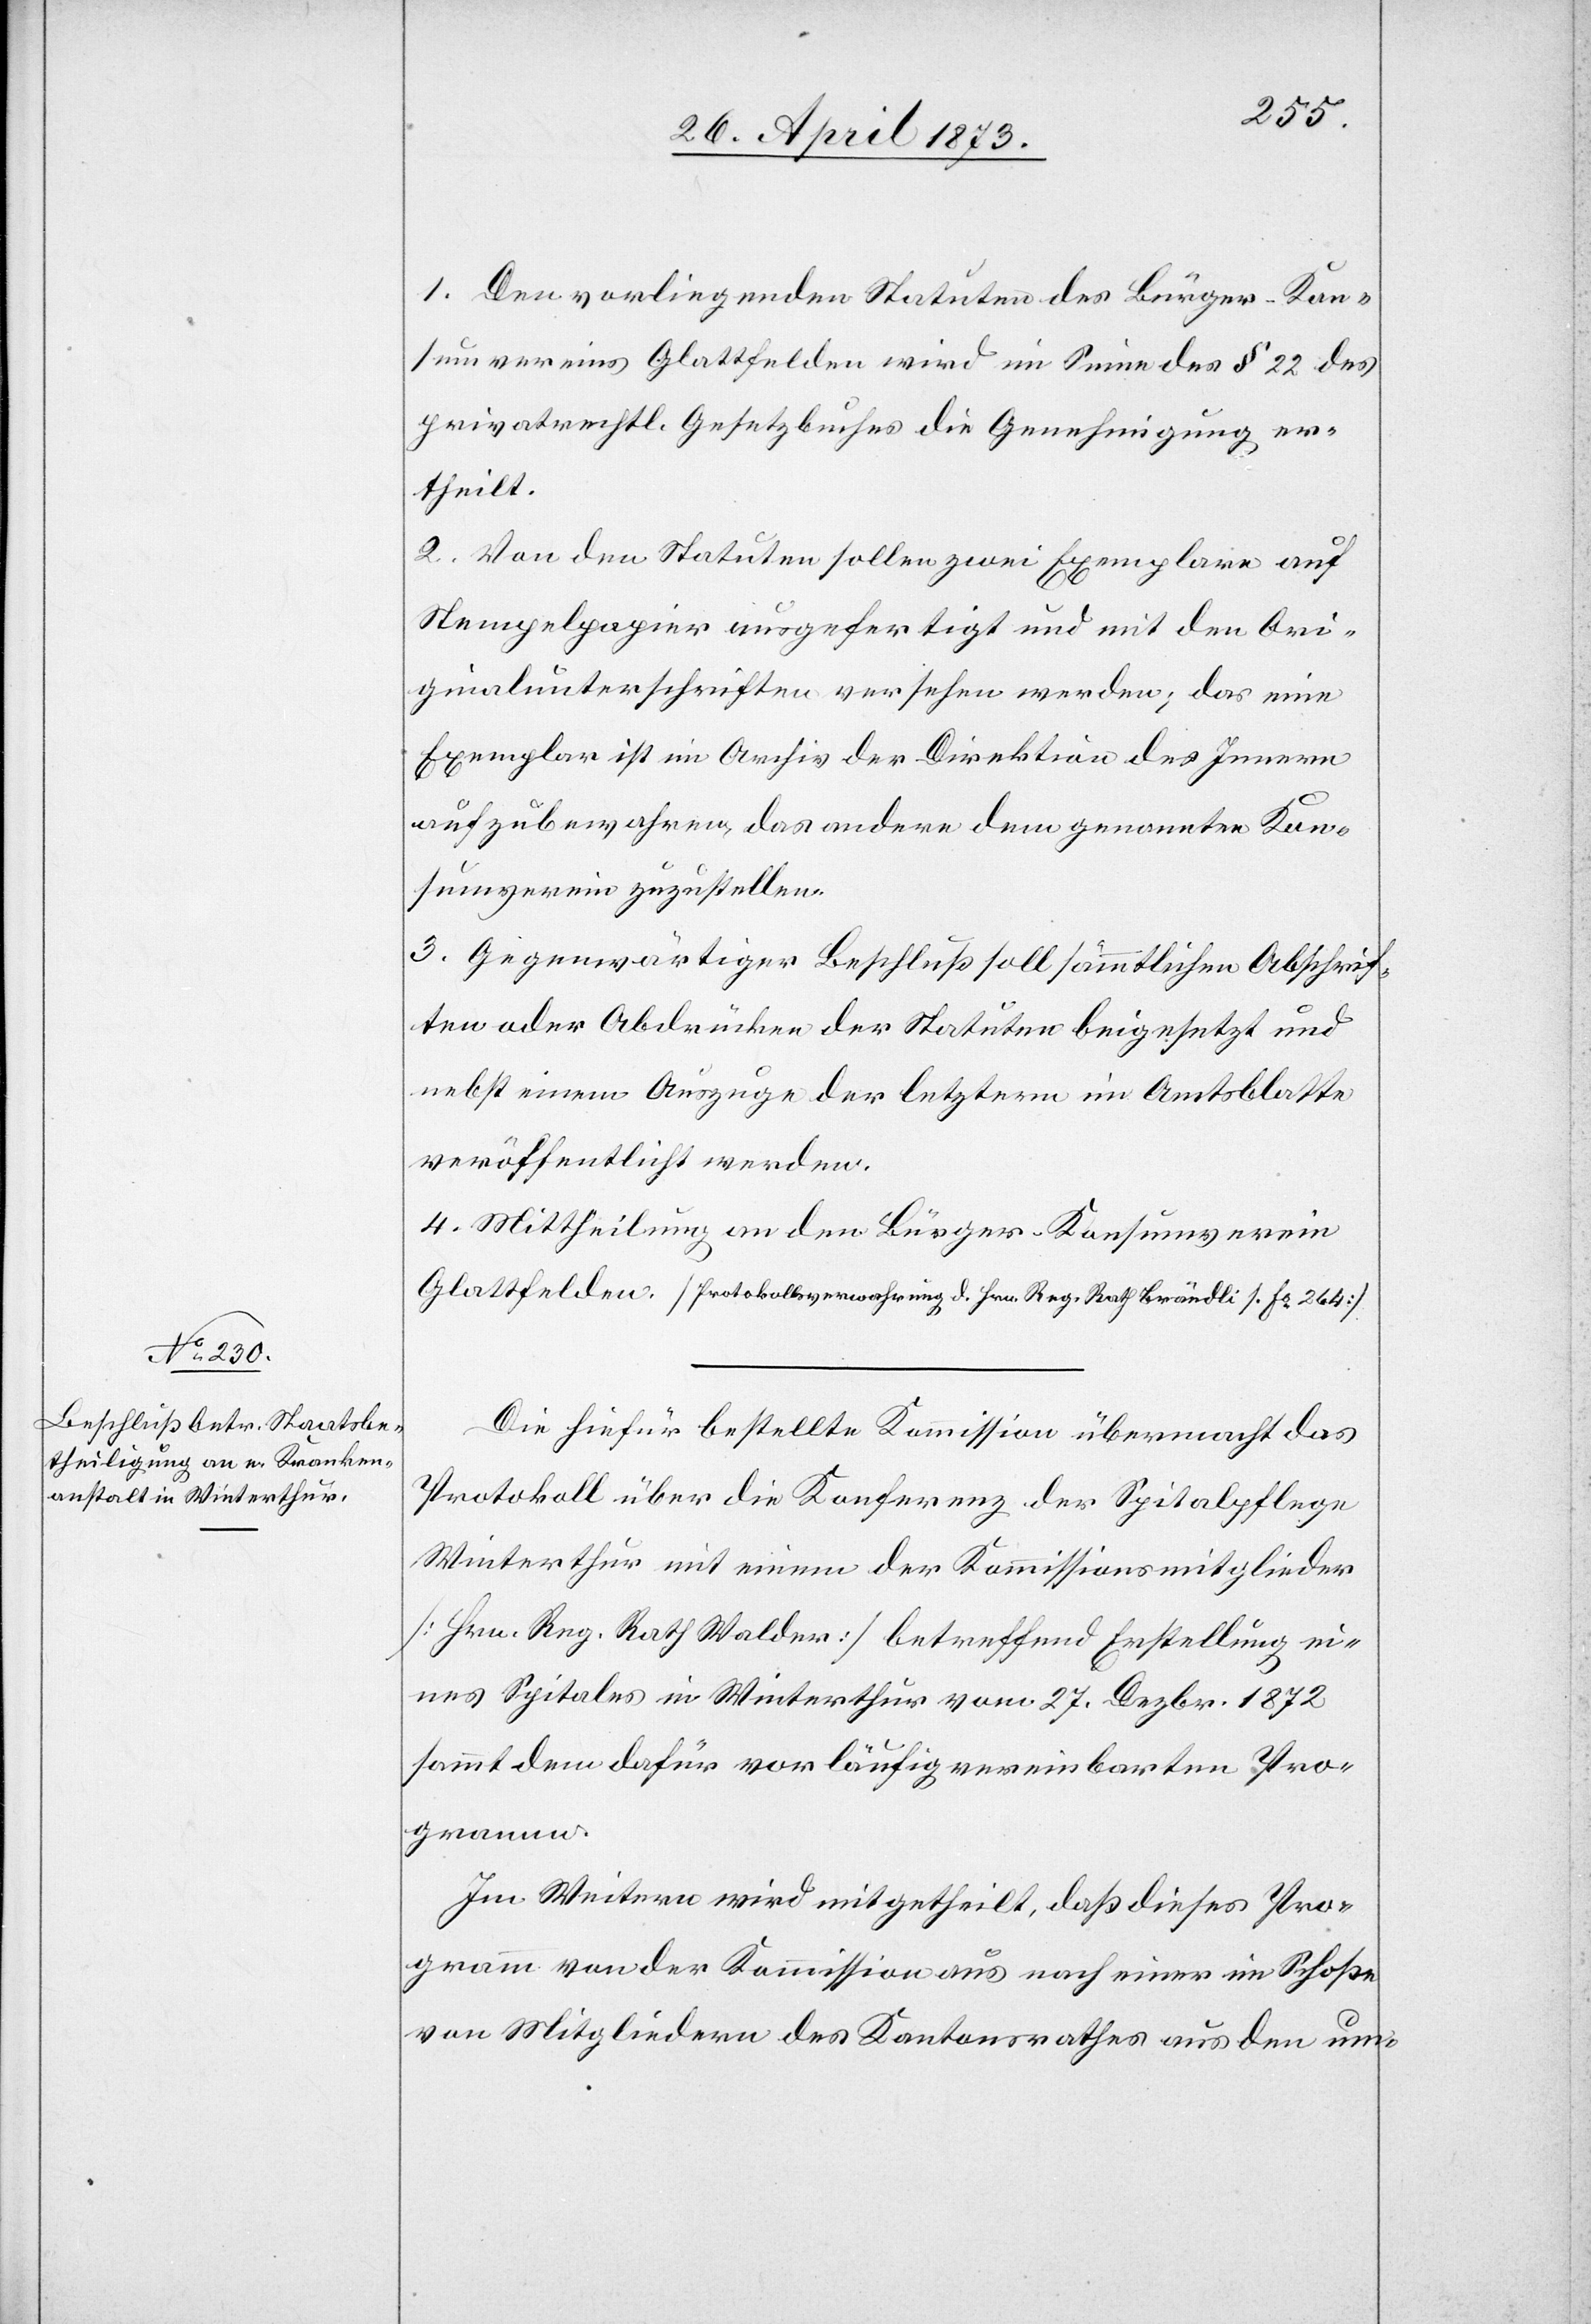
1. Den vorliegenden Statuten des Bürger-Kon¬
sumvereins Glattfelden wird im Sinne des § 22 des
privatrechtl. Gesetzbuches die Genehmigung er¬
theilt.
2. Von den Statuten sollen zwei Exemplare auf
Stempelpapier ausgefertigt und mit den Ori¬
ginalunterschriften versehen werden; das eine
Exemplar ist im Archiv der Direktion des Innern
aufzubewahren, das andere dem genannten Kon¬
sumverein zuzustellen.
3. Gegenwärtiger Beschluß soll sämmtlichen Abschrif¬
ten oder Abdrücken der Statuten beigesetzt und
nebst einem Auszuge der letztern im Amtsblatte
veröffentlicht werden.
4. Mittheilung an den Bürger-Konsumverein
Die hiefür bestellte Kommission übermacht das
Protokoll über die Konferenz der Spitalpflege
Winterthur mit einem der Komissionsmitglieder
[Hrn. Reg. Rath Walder] betreffend Erstellung ei¬
nes Spitales in Winterthur vom 27. Dezbr. 1872
sammt dem dafür vorläufig vereinbarten Pro¬
gramm.
Im Weitern wird mitgetheilt, daß dieses Pro¬
gramm von der Kommission aus nach einer im Schoße
von Mitgliedern des Kantonsrathes aus den um-